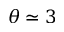
\theta \simeq 3